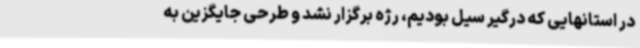
در استانهایی که درگیر سیل بودیم، رژه برگزار نشد و طرحی جایگزین به